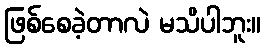
ဖြစ်စေခဲ့တာလဲ မသိပါဘူး။